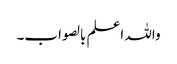
واللہ اعلم بالصواب۔